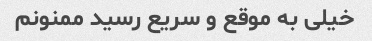
خیلی به موقع و سریع رسید ممنونم